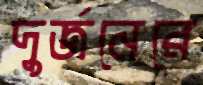
দুর্জনেরে